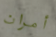
أمران